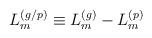
LaTeX: \begin{align*}L_{m}^{(g/p)}\equiv L_{m}^{(g)}-L_{m}^{(p)}\end{align*}